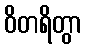
ဝိတရိတွာ